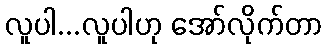
လူပါ...လူပါဟု အော်လိုက်တာ